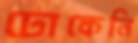
ঢোকেনি